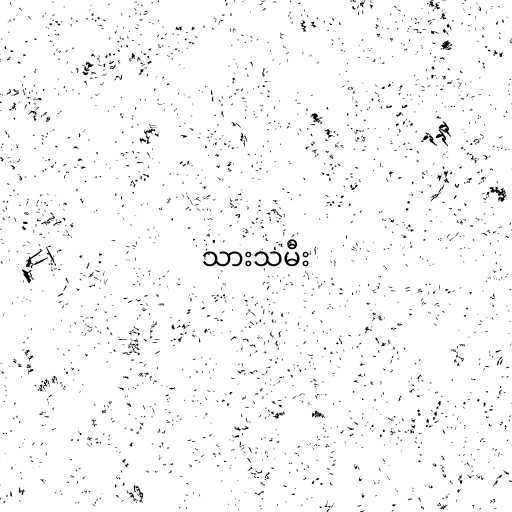
သားသမီး